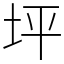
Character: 坪